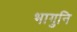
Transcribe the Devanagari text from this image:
भागुनि